Vaccination in Bombay 1902-1912 - 1902-1912
Year: 1902
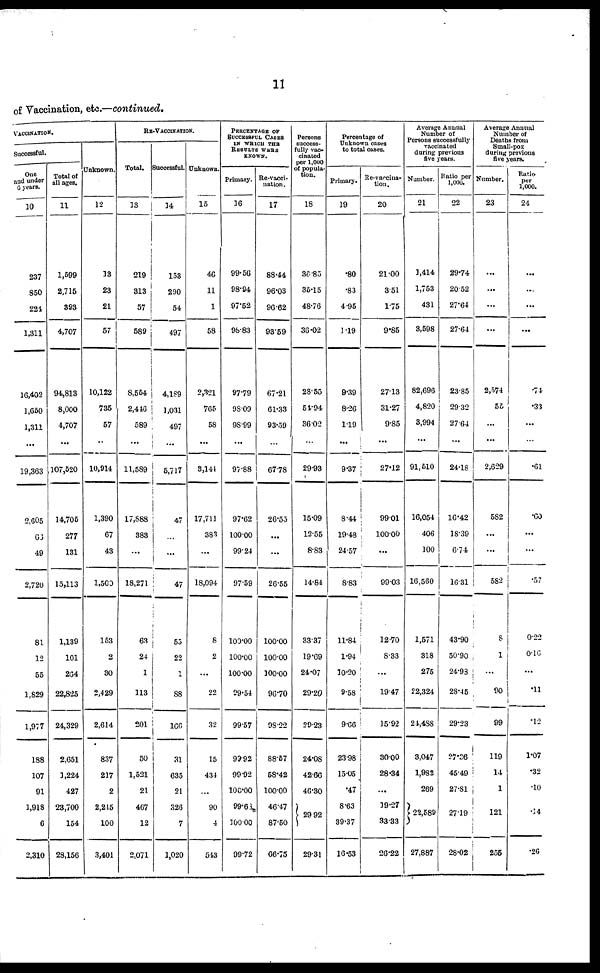
11
of Vaccination, etc.—continued.
VACCINATION.
Successful.
One
and under
6 years.
10
237
850
224
1,311
16,402
1,650
1,311
...
19,363
2,605
63
49
2,720
81
12
55
1,829
1,977
188
107
91
1,918
6
2,310
Total of
all ages.
11
1,599
2,715
393
4,707
94,813
8,000
4,707
...
107,520
14,705
277
131
15,113
1,139
101
264
22,825
24,329
2,651
1,224
427
23,700
154
28,156
Unknown.
12
13
23
21
57
10,122
735
57
...
10,914
1,390
67
43
1,500
153
2
30
2,429
2,614
837
217
2
2,215
100
3,401
RE-VACCINATION.
Total.
13
219
313
57
589
8,554
2,446
589
...
11,589
17,888
383
...
18,271
63
24
1
113
201
50
1,521
21
467
12
2,071
Successful.
14
153
290
54
497
4,189
1,031
497
...
5,717
47
...
...
47
55
22
1
88
166
31
635
21
326
7
1,020
Unknown.
15
46
11
1
58
2,321
765
58
...
3,144
17,711
383
...
18,094
8
2
...
22
32
15
434
...
90
4
543
PERCENTAGE OF
SUCCESSFUL CASES
IN WHICH THE
RESULTS WERE
KNOWN.
Primary.
16
99.56
98.94
97.52
98.83
97.79
98.09
98.99
...
97.88
97.62
100.00
99.24
97.59
100.00
100.00
100.00
99.54
99.57
99.92
99.92
100.00
99.68
100.00
99.72
Re-vacci-
nation.
17
88.44
96.03
96.62
93.59
67.21
61.33
93.59
...
67.78
26.55
...
...
26.55
100.00
100.00
100.00
96.70
98.22
88.57
58.42
100.00
46.47
87.50
66.75
Persons
success-
fully vac-
cinated
per 1,000
of popula-
tion.
18
36.85
35.15
48.76
36.02
28.55
54.94
36.02
...
29.93
15.09
12.55
8.83
14.84
33.37
19.69
24.07
29.20
29.23
24.08
42.66
46.30
29.92
29.31
Percentage of
Unknown cases
to total cases.
Primary.
19
.80
.83
4.95
1.19
9.39
8.26
1.19
...
9.37
8.44
19.48
24.57
8.83
11.84
1.94
10.20
9.58
9.66
23.98
15.05
.47
8.63
39.37
16.53
Re-vaccina-
tion.
20
21.00
3.51
1.75
9.85
27.13
31.27
9.85
...
27.12
99.01
100.00
...
99.03
12.70
8.33
...
19.47
15.92
30.00
28.34
...
19.27
33.33
26.22
Average Annual
Number of
Persons successfully
vaccinated
during previous
five years.
Number.
21
1,414
1,753
431
3,598
82,696
4,820
3,994
...
91,510
16,054
406
100
16,560
1,571
318
275
22,324
24,488
3,047
1,982
269
22,589
27,887
Ratio per
1,000.
22
29.74
20.52
27.64
27.64
23.85
29.32
27.64
...
24.18
16.42
18.39
6.74
16.31
43.90
50.90
24.98
28.45
29.23
27.36
45.49
27.81
27.19
28.02
Average Annual
Number of
Deaths from
Small-pox
during previous
five years.
Number.
23
...
...
...
...
2,574
55
...
...
2,629
582
...
...
582
8
1
...
90
99
119
14
1
121
255
Ratio-
per
1,000.
24
...
...
...
...
.74
.33
...
...
.61
.60
...
...
.57
0.22
0.16
...
.11
.12
1.07
.32
.10
.14
.26